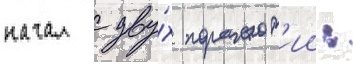
начал с дву́х поражен'ии: